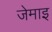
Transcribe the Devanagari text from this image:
जेमाइ